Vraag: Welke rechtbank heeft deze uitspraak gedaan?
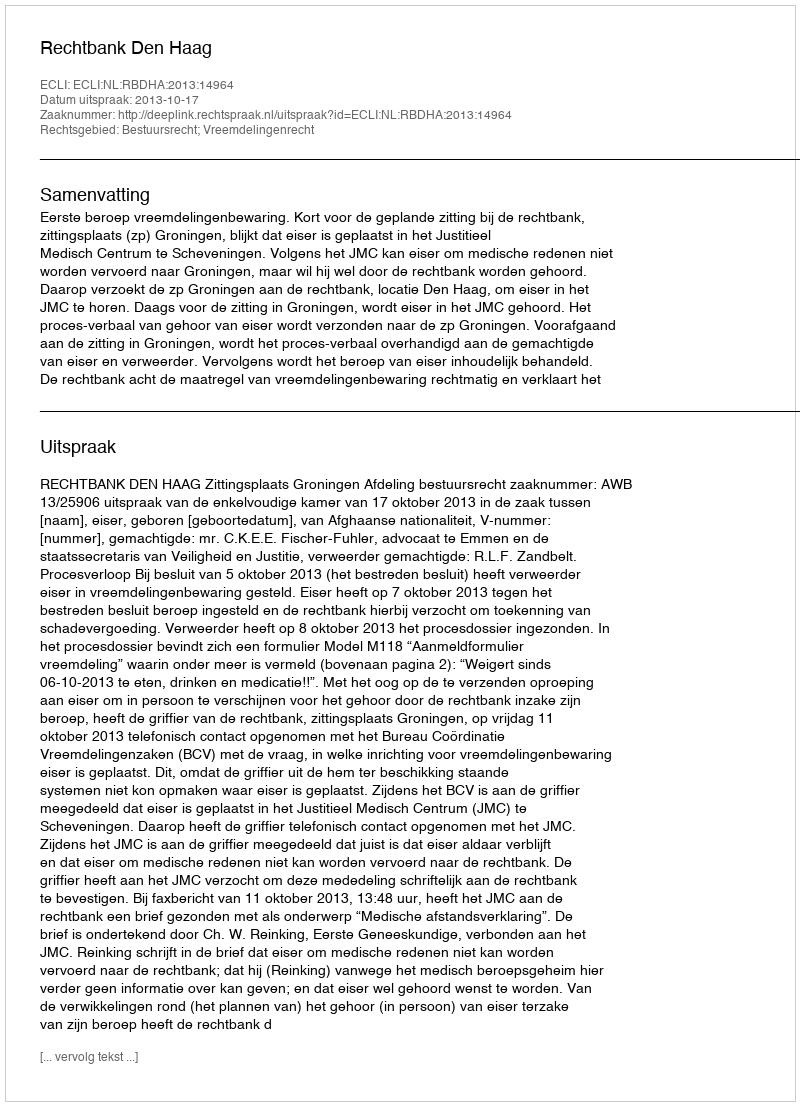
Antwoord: Rechtbank Den Haag